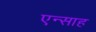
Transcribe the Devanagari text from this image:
एन्साह